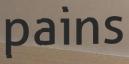
pains